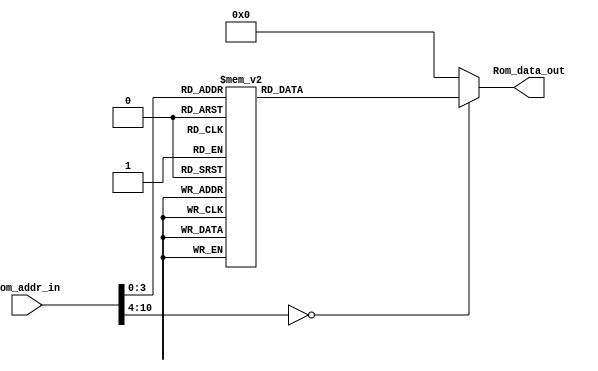
module Program_Rom(Rom_data_out, Rom_addr_in);

//---------
    output [13:0] Rom_data_out;
    input [10:0] Rom_addr_in; 
//---------
    
    reg   [13:0] data;
    wire  [13:0] Rom_data_out;
    
    always @(Rom_addr_in)
        begin
            case (Rom_addr_in)
                10'h0 : data = 14'h01A5;
                10'h1 : data = 14'h0103;
                10'h2 : data = 14'h3007;
                10'h3 : data = 14'h07A5;
                10'h4 : data = 14'h3005;
                10'h5 : data = 14'h0AA5;
                10'h6 : data = 14'h04A5;
                10'h7 : data = 14'h00A4;
                10'h8 : data = 14'h0225;
                10'h9 : data = 14'h0825;
                10'ha : data = 14'h06A4;
                10'hb : data = 14'h280B;
                default: data = 14'h0;   
            endcase
        end

     assign Rom_data_out = data;

endmodule